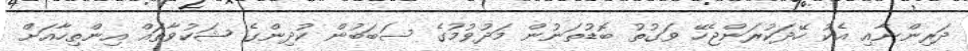
ދަރިންނާއި އެކު ހޭދަކުރަންޖެހޭ ވަގުތު ބޮޑުތަނުން މަދުވުމުގެ ސަބަބުން ކުދިންގެ ޝަކުވާތައް އިންތިހާއަށް